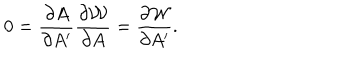
LaTeX: 0 = { \frac { \partial A } { \partial A ^ { \prime } } } { \frac { \partial { \cal W } } { \partial A } } = { \frac { \partial { \cal W } } { \partial A ^ { \prime } } } .